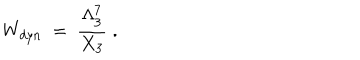
W _ { d y n } ~ = ~ { \frac { \Lambda _ { 3 } ^ { 7 } } { X _ { 3 } } } \; .